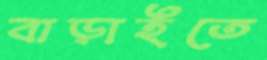
বাড়াইতে